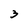
Character: 3